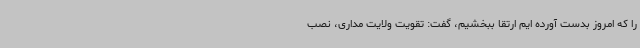
را که امروز بدست آورده ایم ارتقا ببخشیم، گفت: تقویت ولایت مداری، نصب